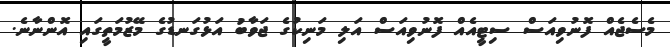
މެސެޖެއް ފޮނުވިއަސް ސިޓީއެއް ފޮނުވިއަސް އަލި މަނިކުގެ ޖަވާބު އަޅުގަނޑުގެ މޭޒުމަތީގައި އޮންނާނެ.